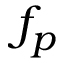
f _ { p }